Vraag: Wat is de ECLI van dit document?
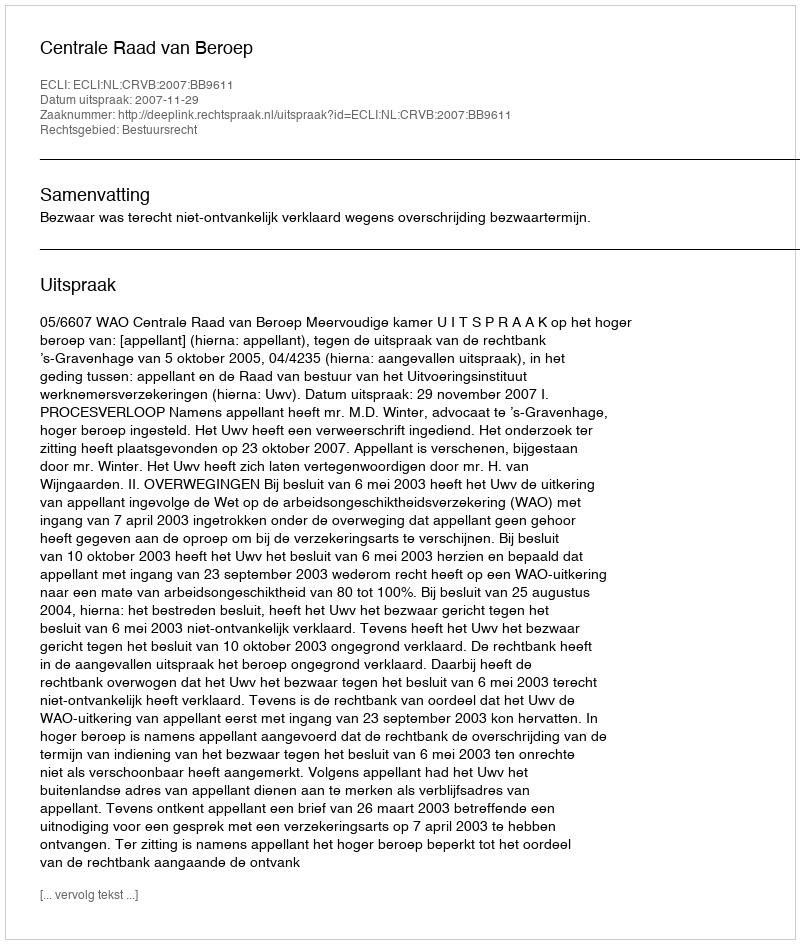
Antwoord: ECLI:NL:CRVB:2007:BB9611